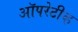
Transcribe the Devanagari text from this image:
ऑपरेटीव्ह